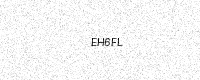
Text: EH6FL